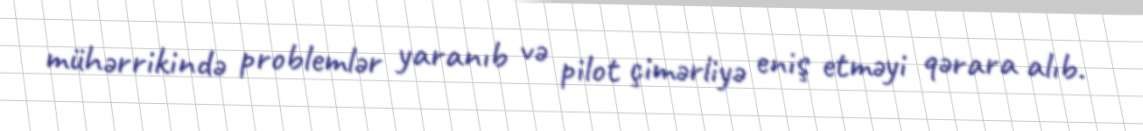
mühərrikində problemlər yaranıb və pilot çimərliyə eniş etməyi qərara alıb.